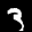
Label: 3